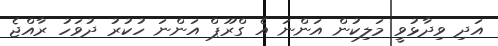
އަދި ވިދާޅުވީ މަލިކުން އަންނަ އެ ގްރޫޕް އަންނަ ހުކުރު ދުވަހު ރާއްޖެ